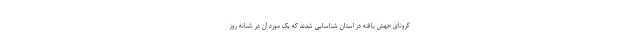
کرونای جهش یافته در استان شناسایی شدند که یک مورد آن در شبانه روز